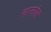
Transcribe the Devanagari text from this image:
नानांस